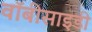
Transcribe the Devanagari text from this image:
वॉबीसाइडी